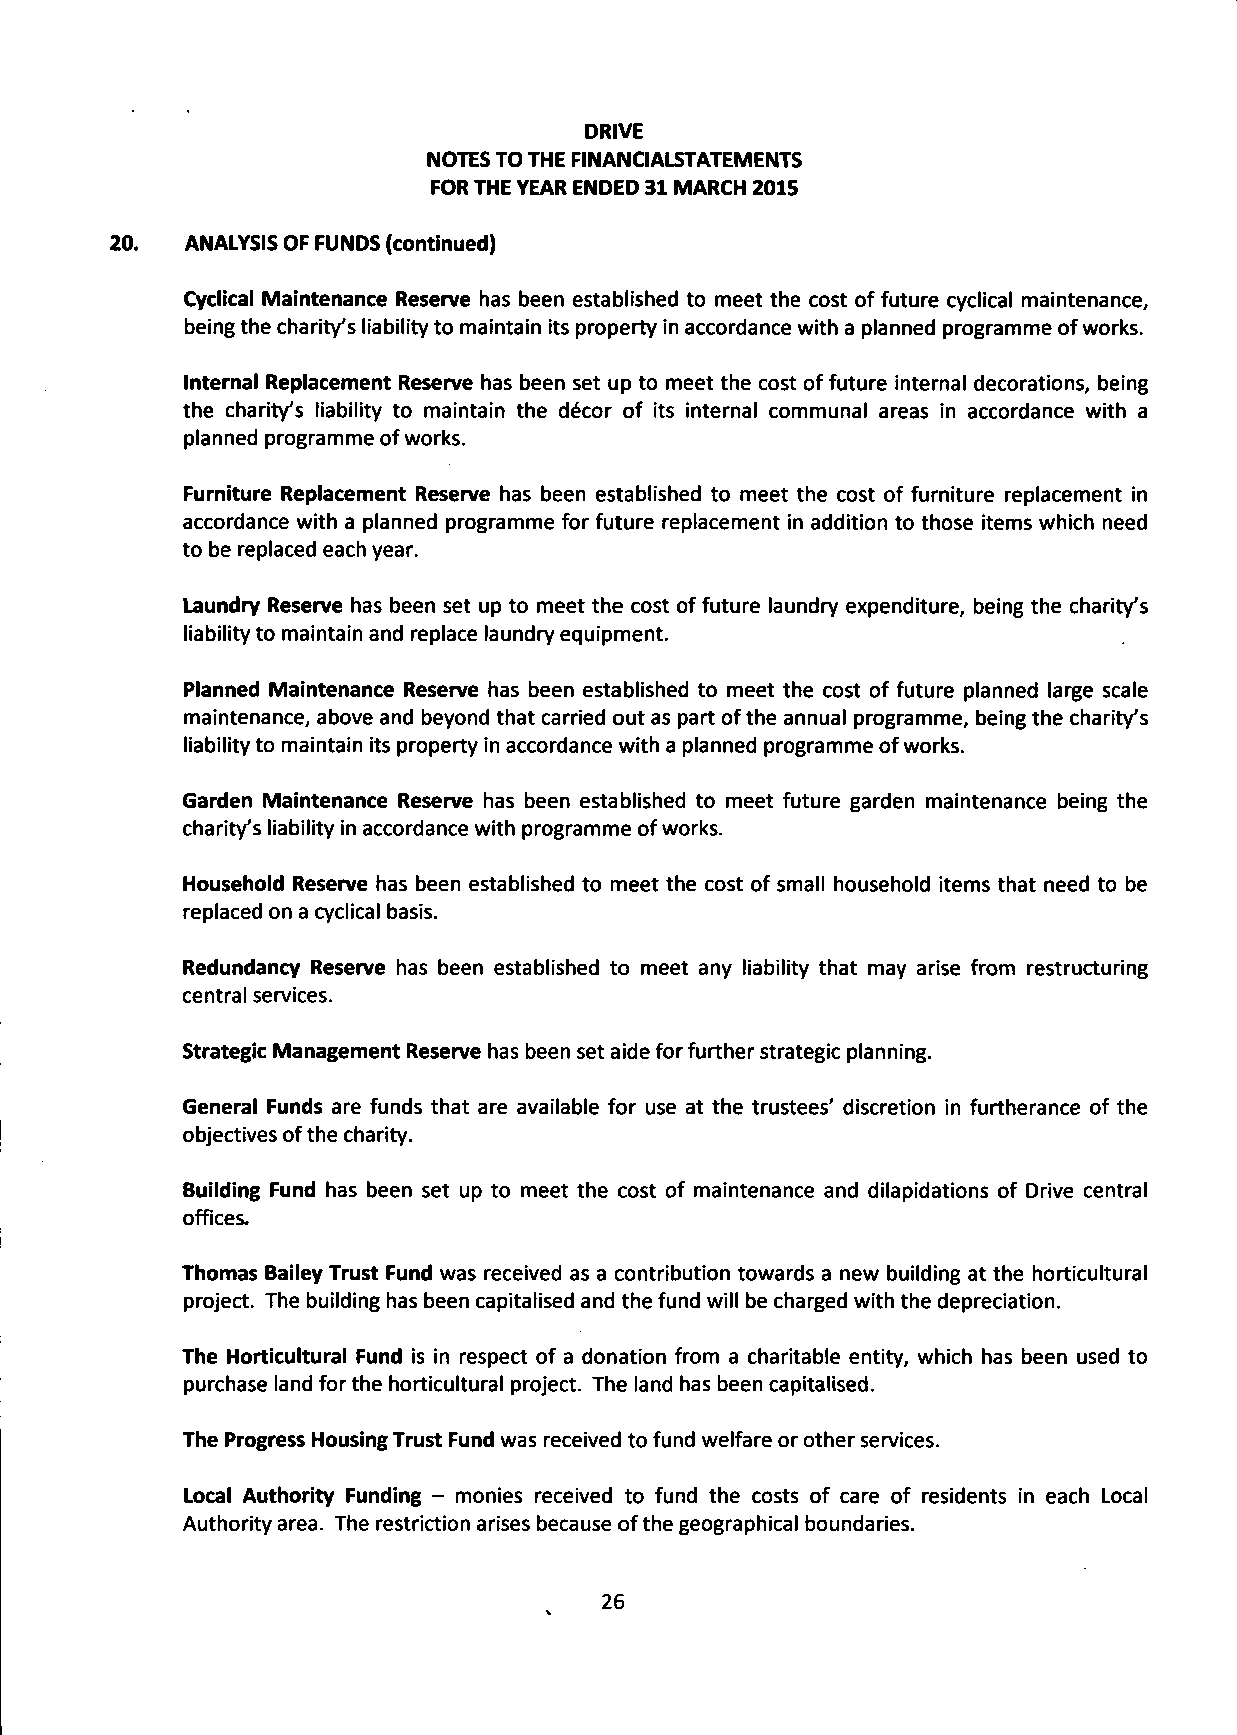
DRIVE
 NOTES TO THE FINANCIALSTATEMENTS
 FOR THE YEAR ENDED 31 MARCH 2015
 ANALYSIS OF FUNDS (continued)
 Cyclical Maintenance Reserve has been established to meet the cost of future cyclical maintenance,
 being the charity's liability to maintain its property in accordance with a planned programme of works.
 Internal Replacement Reserve has been set up to meet the cost of future internal decorations, being
 the charity's liability to maintain the decor of its internal communal areas in accordance with a
 planned programme of works.
 Furniture Replacement Reserve has been established to meet the cost of furniture replacement in
 accordance with a planned programme for future replacement in addition to those items which need
 to be replaced each year.
 Laundry Reserve has been set up to meet the cost of future laundry expenditure, being the charity's
 liability to maintain and replace laundry equipment.
 Planned Maintenance Reserve has been established to meet the cost of future planned large scale
 maintenance, above and beyond that carried out as part of the annual programme, being the charity's
 liability to maintain its property in accordance with a planned programme of works.
 Garden Maintenance Reserve has been established to meet future garden maintenance being the
 charity's liability in accordance with programme of works.
 Household Reserve has been established to meet the cost of small household items that need to be
 replaced on a cyclical basis.
 Redundancy Reserve has been established to meet any liability that may arise from restructuring
 central services.
 Strategic Management Reserve has been set aide for further strategic planning.
 General Funds are funds that are available for use at the trustees' discretion in furtherance of the
 objectives of the charity.
 Building Fund has been set up to meet the cost of maintenance and dilapidations of Drive central
 offices.
 Thomas Bailey Trust Fund was received as a contribution towards a new building at the horticultural
 project. The building has been capitalised and the fund will be charged with the depreciation.
 The Horticultural Fund is in respect of a donation from a charitable entity, which has been used to
 purchase land for the horticultural project. The land has been capitalised.
 The Progress Housing Trust Fund was received to fund welfare or other services.
 Local Authority Funding - monies received to fund the costs of care of residents in each Local
 Authority area. The restriction arises because of the geographical boundaries.
 26